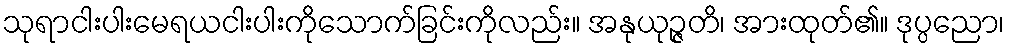
သုရာငါးပါးမေရယငါးပါးကိုသောက်ခြင်းကိုလည်း။ အနုယုဉ္ဇတိ၊ အားထုတ်၏။ ဒုပ္ပညော၊